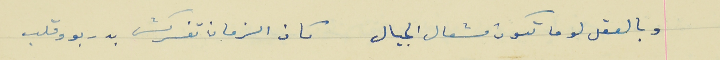
وبالعقل لو ما تكون مشعال الجيال                           كان الزمان تفركش بدربو وقلب